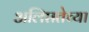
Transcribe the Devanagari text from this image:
अलिप्ततेच्या